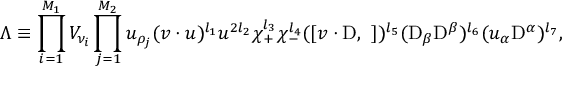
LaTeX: \Lambda \equiv \prod _ { i = 1 } ^ { M _ { 1 } } { \cal V } _ { \nu _ { i } } \prod _ { j = 1 } ^ { M _ { 2 } } u _ { \rho _ { j } } ( v \cdot u ) ^ { l _ { 1 } } u ^ { 2 l _ { 2 } } \chi _ { + } ^ { l _ { 3 } } \chi _ { - } ^ { l _ { 4 } } ( [ v \cdot \mathrm { D } , \ ] ) ^ { l _ { 5 } } ( \mathrm { D } _ { \beta } \mathrm { D } ^ { \beta } ) ^ { l _ { 6 } } ( u _ { \alpha } \mathrm { D } ^ { \alpha } ) ^ { l _ { 7 } } ,